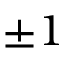
\pm 1